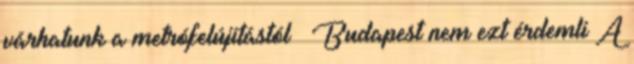
várhatunk a metrófelújítástól – Budapest nem ezt érdemli A